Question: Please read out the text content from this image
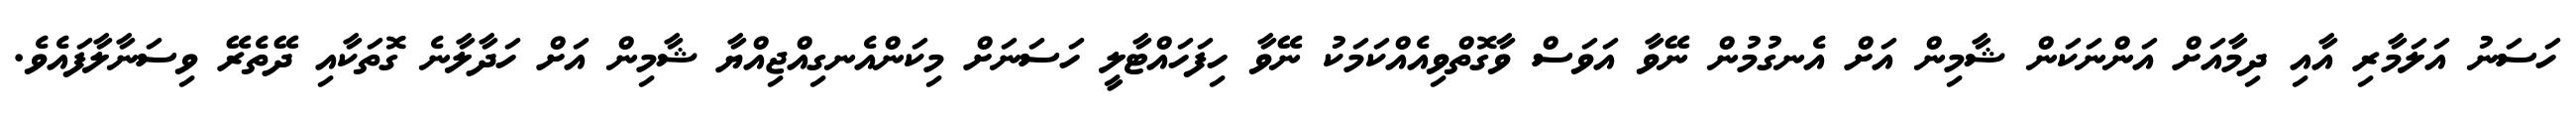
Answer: ހަސަނު އަލަމާރި އާއި ދިމާއަށް އަންނަކަން ޝާމިން އަށް އެނގުމުން ނޭވާ އަވަސް ވާގޮތްވިއެއްކަމަކު ނޭވާ ހިފަހައްޓާލީ ހަސަނަށް މިކަންއެނގިއްޖިއްޔާ ޝާމިން އަށް ހަދާލާނެ ގޮތަކާއި ދޭތެރޭ ވިސަނާލާފައެވެ.